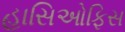
હાસિઓફિસ